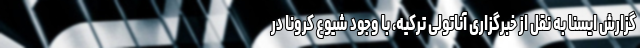
گزارش ایسنا به نقل از خبرگزاری آناتولی ترکیه، با وجود شیوع کرونا در